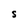
Character: S